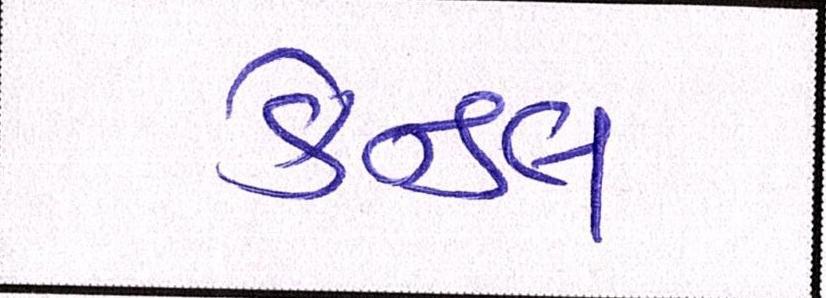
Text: કેન્ડલ